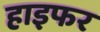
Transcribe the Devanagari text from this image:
हाइफर